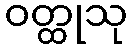
ဝတ္ထုသု